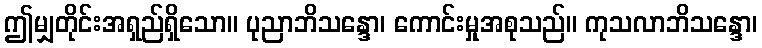
ဤမျှတိုင်းအရှည်ရှိသော။ ပုညာဘိသန္ဒော၊ ကောင်းမှုအစုသည်။ ကုသလာဘိသန္ဒော၊